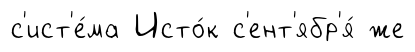
с'ист'е́ма Исто́к с'ент'ябр'я́ же